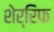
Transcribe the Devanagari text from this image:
शेर्रिफ